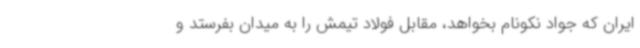
ایران که جواد نکونام بخواهد، مقابل فولاد تیمش را به میدان بفرستد و